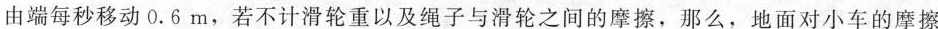
由端每秒移动0.6m，若不计滑轮重以及绳子与滑轮之间的摩擦，那么，地面对小车的摩擦